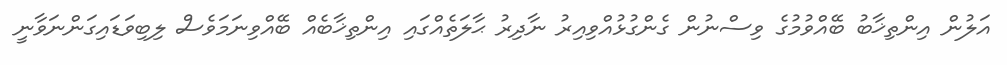
އަލުން އިންތިޚާބު ބޭއްވުމުގެ ވިސްނުން ގެންގުޅުއްވިއިރު ނާދިރު ޙާލަތެއްގައި އިންތިޚާބެއް ބޭއްވިނަމަވެސް ލިބިވަޑައިގަންނަވާނީ